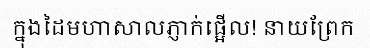
ក្នុងដៃមហាសាលភ្ញាក់ផ្អើល! នាយព្រែក